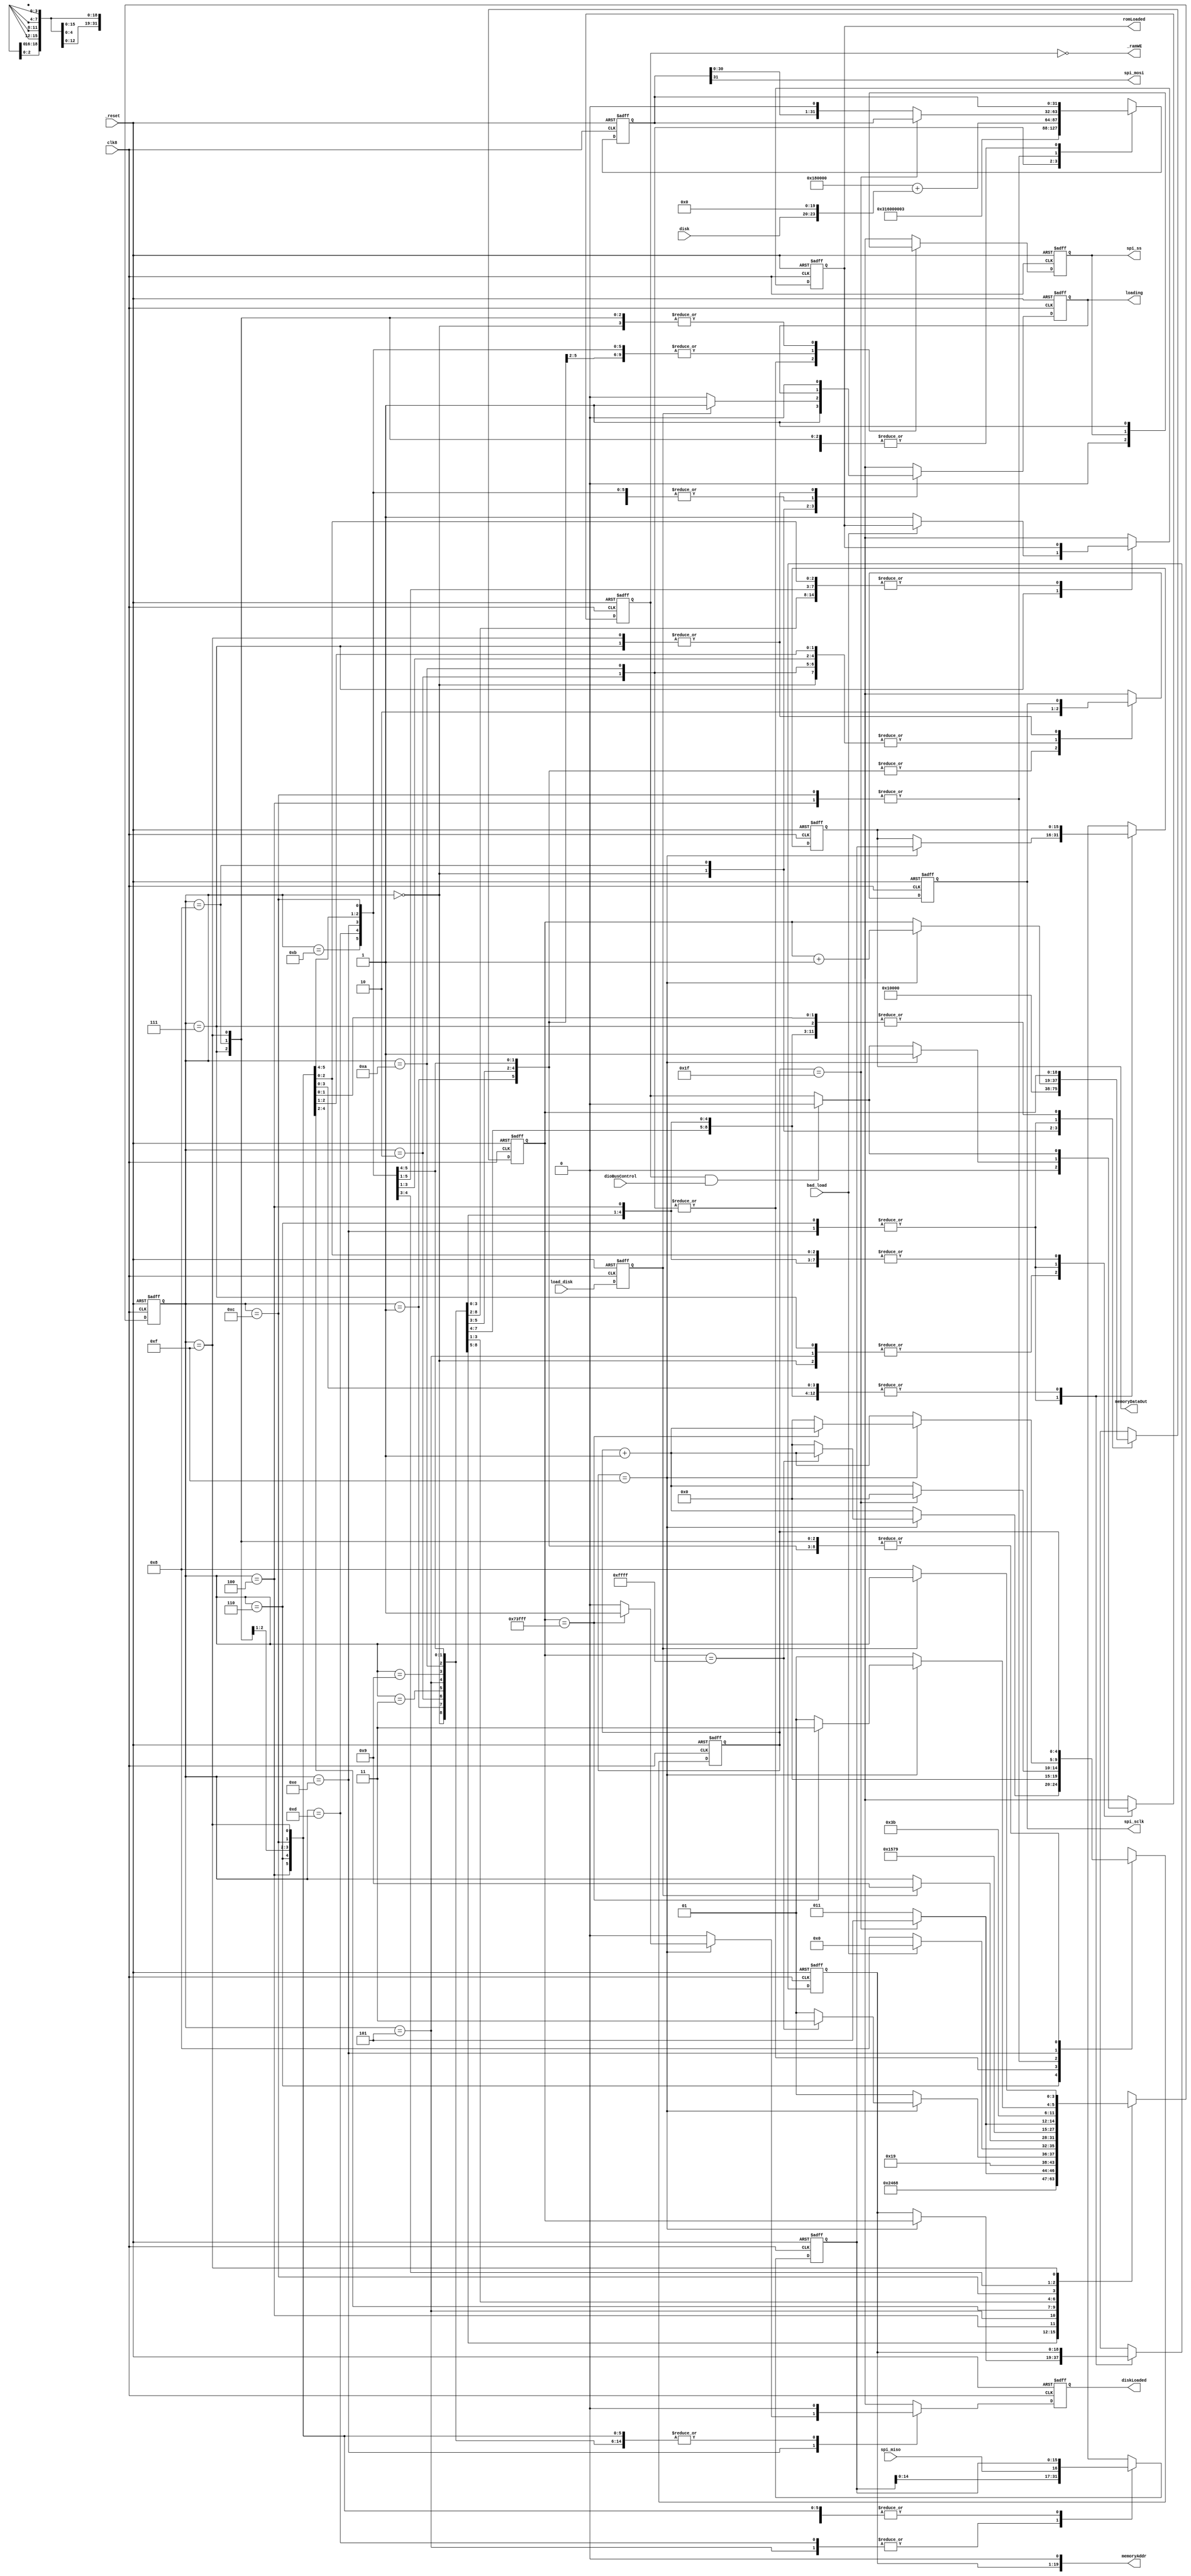
/***************************************************************************************************
*  flash.v
*
*  flash program loader for PlusToo
*
*  Copyright (c) 2015, Magnus Karlsson
*  All rights reserved.
*
*  Redistribution and use in source and binary forms, with or without modification, are permitted
*  provided that the following conditions are met:
*
*  1. Redistributions of source code must retain the above copyright notice, this list of conditions
*     and the following disclaimer.
*  2. Redistributions in binary form must reproduce the above copyright notice, this list of
*     conditions and the following disclaimer in the documentation and/or other materials provided
*     with the distribution.
*
*  THIS SOFTWARE IS PROVIDED BY THE COPYRIGHT HOLDERS AND CONTRIBUTORS "AS IS" AND ANY EXPRESS OR
*  IMPLIED WARRANTIES, INCLUDING, BUT NOT LIMITED TO, THE IMPLIED WARRANTIES OF MERCHANTABILITY AND
*  FITNESS FOR A PARTICULAR PURPOSE ARE DISCLAIMED. IN NO EVENT SHALL THE COPYRIGHT OWNER OR
*  CONTRIBUTORS BE LIABLE FOR ANY DIRECT, INDIRECT, INCIDENTAL, SPECIAL, EXEMPLARY, OR CONSEQUENTIAL
*  DAMAGES (INCLUDING, BUT NOT LIMITED TO, PROCUREMENT OF SUBSTITUTE GOODS OR SERVICES; LOSS OF USE,
*  DATA, OR PROFITS; OR BUSINESS INTERRUPTION) HOWEVER CAUSED AND ON ANY THEORY OF LIABILITY,
*  WHETHER IN CONTRACT, STRICT LIABILITY, OR TORT (INCLUDING NEGLIGENCE OR OTHERWISE) ARISING IN ANY
*  WAY OUT OF THE USE OF THIS SOFTWARE, EVEN IF ADVISED OF THE POSSIBILITY OF SUCH DAMAGE.
*
***************************************************************************************************/

module flash (
  input clk8,
  input _reset,
  input bad_load,
  input load_disk,
  input [3:0] disk,
  input dioBusControl,
  output reg romLoaded,
  output reg diskLoaded,
  output [15:0] memoryDataOut,
  output [19:0] memoryAddr,
  output _ramWE,
  output reg loading,
  output reg spi_sclk,
  output reg spi_ss,
  output spi_mosi,
  input spi_miso
);

  reg next_loading;
  reg next_romLoaded;
  reg next_diskLoaded;
  reg next_spi_sclk;
  reg next_spi_ss;
  reg next_spi_mosi;
  reg [3:0] spi_state, next_spi_state;
  reg [31:0] dout, next_dout;
  reg [4:0] bitcnt, next_bitcnt;
  reg [18:0] wordcnt, next_wordcnt;
  reg [15:0] din, next_din;
  reg [15:0] word, next_word;
  reg [18:0] addr, next_addr;
  reg wordready, next_wordready;
  reg load_disk_sync;
  

  always @(posedge clk8 or negedge _reset) begin
    if (!_reset) begin
      spi_state <= 4'd0;
      loading <= 1'b1;
      spi_sclk <= 1'b0;
      spi_ss <= 1'b1;
      dout <= 32'h00000000;
      bitcnt <= 5'd0;
      wordcnt <= 19'd0;
      din <= 16'h0000;
      word <= 16'h0000;
      addr <= 19'd0;
      wordready <= 1'b0;
      romLoaded <= 1'b0;
      diskLoaded <= 1'b0;
      load_disk_sync <= 1'b0;
    end else begin
      spi_state <= next_spi_state;
      loading <= next_loading;
      spi_sclk <= next_spi_sclk;
      spi_ss <= next_spi_ss;
      dout <= next_dout;
      bitcnt <= next_bitcnt;
      wordcnt <= next_wordcnt;
      din <= next_din;
      word <= next_word;
      addr <= next_addr;
      wordready <= next_wordready;
      romLoaded <= next_romLoaded;
      diskLoaded <= next_diskLoaded;
      load_disk_sync <= load_disk;
    end
  end

  always @ (*) begin
    next_spi_state = spi_state;
    next_loading = loading;
    next_spi_sclk = spi_sclk;
    next_spi_ss = spi_ss;
    next_dout = dout;
    next_bitcnt = bitcnt;
    next_wordcnt = wordcnt;
    next_din = din;
    next_word = word;
    next_addr = addr;
    next_wordready = (wordready & dioBusControl) ? 1'b0 : wordready;
    next_romLoaded = romLoaded;
    next_diskLoaded = 1'b0;
    
    case (spi_state)
      4'd0: begin
        next_loading = 1'b1;
        next_spi_sclk = 1'b0;
        next_spi_ss = 1'b1;
        next_wordcnt = 19'd0;
        next_wordready = 1'b0;
        next_spi_state = 4'd1;
      end
      4'd1: begin
        next_spi_sclk = 1'b1;
        next_spi_state = 4'd2;
      end
      4'd2: begin
        next_spi_sclk = 1'b0;
        next_spi_ss = 1'b0;
        next_dout = 32'h03160000; // READ command, addr = $160000
        next_bitcnt = 5'd0;
        next_spi_state = 4'd3;
      end
      4'd3: begin
        next_spi_sclk = 1'b1;
        next_spi_state = 4'd4;
      end
      4'd4: begin
        next_spi_sclk = 1'b0;
        next_bitcnt = bitcnt + 1'b1;
        if (bitcnt == 5'd31) begin
          next_bitcnt = 3'd0;
          next_spi_state = 4'd5;
        end else begin
          next_dout = {dout[30:0], 1'b0};
          next_spi_state = 4'd3;
        end
      end
      4'd5: begin
        next_spi_sclk = 1'b1;
        next_wordready = 1'b0;
        next_din = {din[14:0], spi_miso};
        next_spi_state = 4'd6;
      end
      4'd6: begin
        next_spi_sclk = 1'b0;
        next_bitcnt = bitcnt + 1'b1;
        if (bitcnt == 5'd15) begin
          next_wordready = 1'b1;
          next_word = din;
          next_addr = wordcnt;
          next_wordcnt = wordcnt + 1'b1;
          // read 128K (ROM)
          if (wordcnt == 19'd65535) begin
            next_spi_state = 4'd7;
          end else begin
            next_bitcnt = 5'd0;
            next_spi_state = 4'd5;
          end
        end else begin
          next_spi_state = 4'd5;
        end
      end
      4'd7: begin
        next_spi_ss = 1'b1;
        next_wordready = 1'b0;
        next_loading = 1'b0;
        if (bad_load)
          next_spi_state = 4'd0;
        else begin
          next_romLoaded = 1'b1;
          next_spi_state = 4'd8;
        end
      end
      4'd8: begin
        next_loading = 1'b0;
        next_spi_sclk = 1'b0;
        next_spi_ss = 1'b1;
        next_wordcnt = 19'd65536;  // offset by ROM size
        if (load_disk_sync) begin
          next_loading = 1'b1;
          next_spi_state = 4'd9;
        end
      end
      4'd9: begin
        next_spi_sclk = 1'b1;
        next_spi_state = 4'd10;
      end
      4'd10: begin
        next_spi_sclk = 1'b0;
        next_spi_ss = 1'b0;
        next_dout = {8'h03, 24'h180000 + {disk, 20'd0}};
        next_bitcnt = 5'd0;
        next_spi_state = 4'd11;
      end
      4'd11: begin
        next_spi_sclk = 1'b1;
        next_spi_state = 4'd12;
      end
      4'd12: begin
        next_spi_sclk = 1'b0;
        next_bitcnt = bitcnt + 1'b1;
        if (bitcnt == 5'd31) begin
          next_bitcnt = 3'd0;
          next_spi_state = 4'd13;
        end else begin
          next_dout = {dout[30:0], 1'b0};
          next_spi_state = 4'd11;
        end
      end
      4'd13: begin
        next_spi_sclk = 1'b1;
        next_din = {din[14:0], spi_miso};
        next_spi_state = 4'd14;
      end
      4'd14: begin
        next_spi_sclk = 1'b0;
        next_bitcnt = bitcnt + 1'b1;
        if (bitcnt == 5'd15) begin
          next_wordready = 1'b1;
          next_word = din;
          next_addr = wordcnt;
          next_wordcnt = wordcnt + 1'b1;
          // read 800K (FLOPPY)
          if (wordcnt == 19'd475135) begin
            next_diskLoaded = 1'b1;
            next_spi_state = 4'd15;
          end else begin
            next_bitcnt = 5'd0;
            next_spi_state = 4'd13;
          end
        end else begin
          next_spi_state = 4'd13;
        end
      end
      4'd15: begin
        next_spi_ss = 1'b1;
        next_loading = 1'b0;
        if (!load_disk_sync)
          next_spi_state = 4'd8;
      end
      default:
        next_spi_state = 4'd0;
    endcase
  end

  assign spi_mosi = dout[31];
  
  assign memoryAddr = {addr, 1'b0};
  assign memoryDataOut = word;
  assign _ramWE = ~wordready;

endmodule